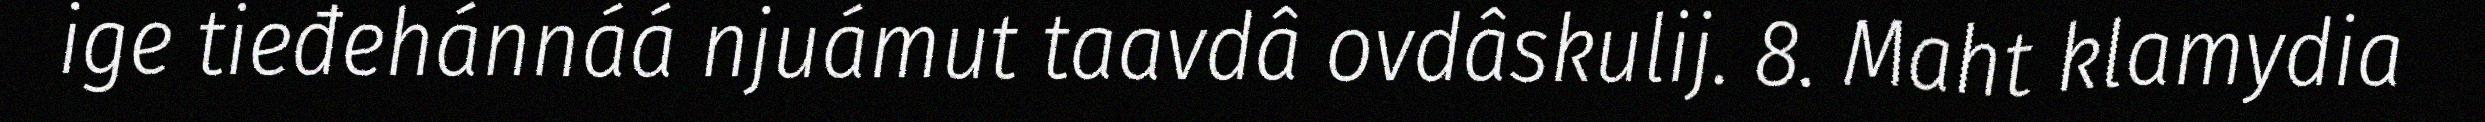
ige tieđehánnáá njuámut taavdâ ovdâskulij. 8. Maht klamydia